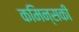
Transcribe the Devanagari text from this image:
कमिन्सकी